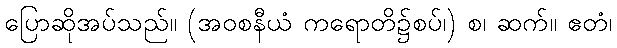
ပြောဆိုအပ်သည်။ (အဝစနီယံ ကရောတိ၌စပ်၊) စ၊ ဆက်။ ဧတံ၊